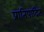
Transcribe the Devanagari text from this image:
प्रातिपादित